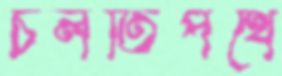
চলতিপথে